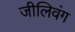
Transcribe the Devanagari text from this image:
जीलिवंग